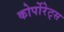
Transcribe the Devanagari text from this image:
कोर्पोरेट्स